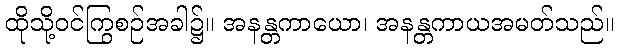
ထိုသို့ဝင်ကြွစဉ်အခါ၌။ အနန္တကာယော၊ အနန္တကာယအမတ်သည်။